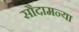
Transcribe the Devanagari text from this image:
सौदामन्या